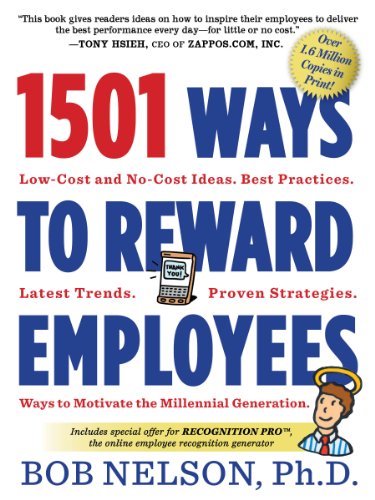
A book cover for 1501 Ways to Reward Employees; Bob Nelson Ph.D.; Business & Money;